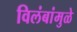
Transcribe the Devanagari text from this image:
विलंबांमुळे